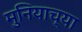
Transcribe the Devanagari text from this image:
मुनियाच्या